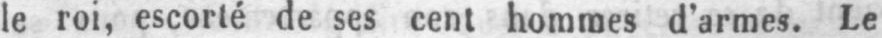
le roi, escorté de ses cent hommes d’armes. Le